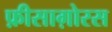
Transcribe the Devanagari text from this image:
फ़ीसाग़ोरस